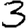
Digit: 3